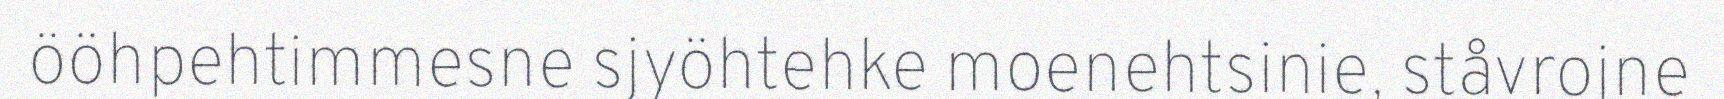
ööhpehtimmesne sjyöhtehke moenehtsinie, ståvrojne